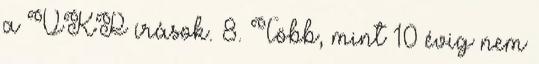
a VKP írások. 8. Több, mint 10 évig nem